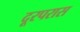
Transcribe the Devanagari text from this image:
दूरपरास